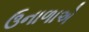
ઉનાળાએ